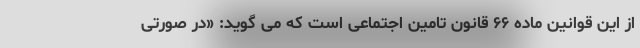
از این قوانین ماده ۶۶ قانون تامین اجتماعی است که می گوید: «در صورتی